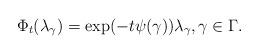
LaTeX: \begin{align*}\Phi_t( \lambda_\gamma ) = \exp(-t \psi(\gamma)) \lambda_\gamma, \gamma \in \Gamma.\end{align*}